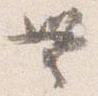
無